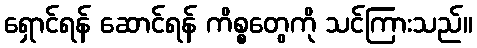
ရှောင်ရန် ဆောင်ရန် ကိစ္စတွေကို သင်ကြားသည်။